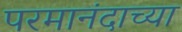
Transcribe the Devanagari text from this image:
परमानंदाच्या